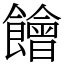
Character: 䭝